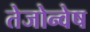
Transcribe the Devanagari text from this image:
तेजोन्वेष